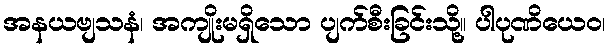
အနယဗျသနံ၊ အကျိုးမရှိသော ပျက်စီးခြင်းသို့။ ပါပုဏိယေဝ၊